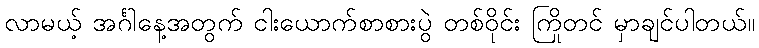
လာမယ့် အင်္ဂါနေ့အတွက် ငါးယောက်စာစားပွဲ တစ်ဝိုင်း ကြိုတင် မှာချင်ပါတယ်။